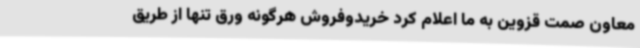
معاون صمت قزوین به ما اعلام کرد خریدوفروش هرگونه ورق تنها از طریق